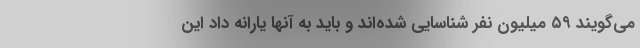
می‌گویند ۵۹ میلیون نفر شناسایی شده‌اند و باید به آنها یارانه داد این